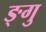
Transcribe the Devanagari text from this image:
ङ्गु